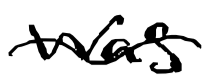
Text: was
Cross-out: wave
Writing tool: digital_black